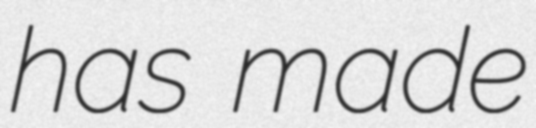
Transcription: has made